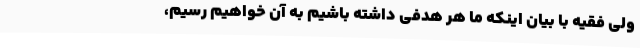
ولی فقیه با بیان اینکه ما هر هدفی داشته باشیم به آن خواهیم رسیم،